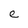
Character: e